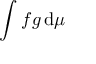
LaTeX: \int f g \, \mathrm { d } \mu